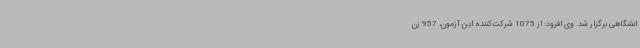
انشگاهی برگزار شد. وی افزود: از 1075 شرکت‌کننده این آزمون، 957 زن